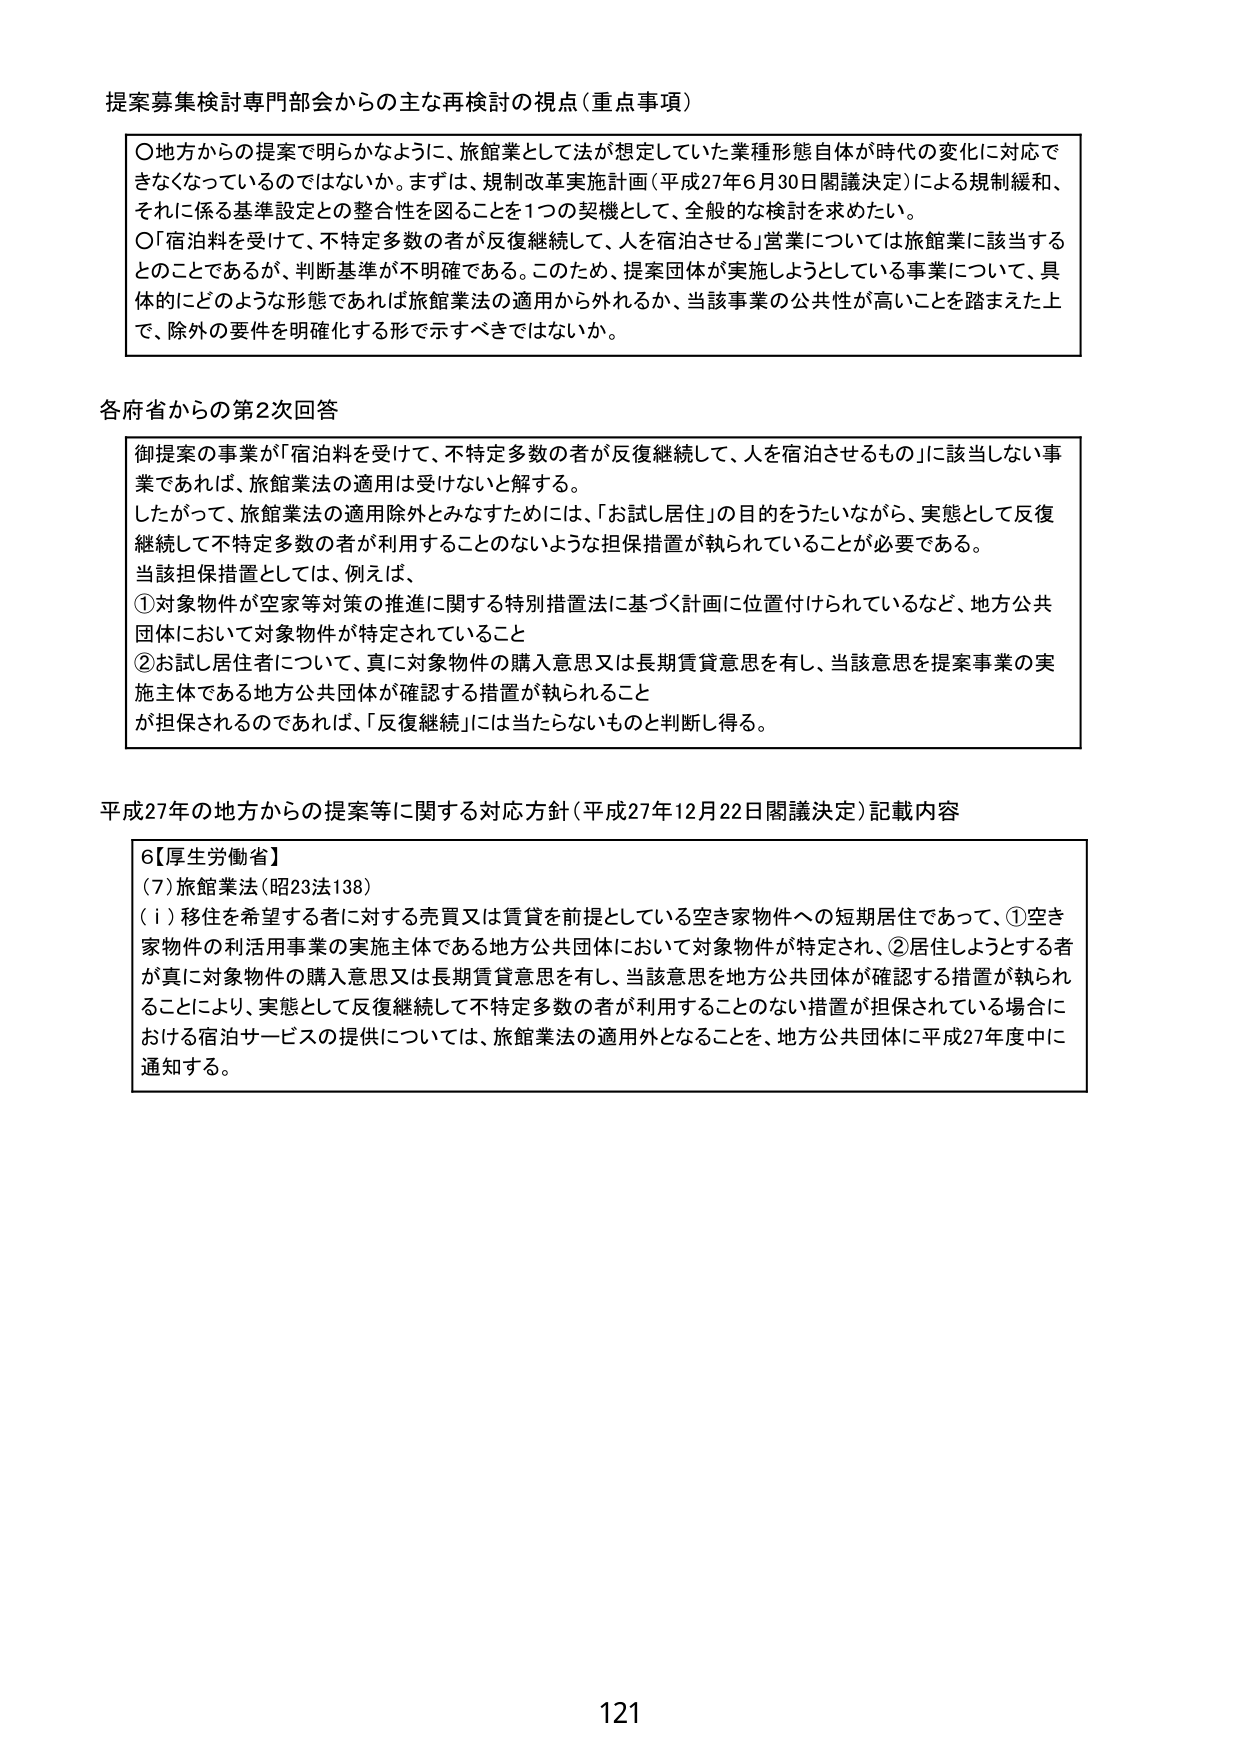
提案募集検討専門部会からの主な再検討の視点（重点事項）

○地方からの提案で明らかなように、旅館業として法が想定していた業種形態自体が時代の変化に対応できなくなっているのではないか。まずは、規制改革実施計画（平成27年6月30日閣議決定）による規制緩和、それに係る基準設定との整合性を図ることを1つの契機として、一般的な検討を求めたい。

○「宿泊料を受けて、不特定多数の者が反復継続して、人を宿泊させる」営業については旅館業に該当するとのことであるが、判断基準が不明確である。このため、提案団体が実施しようとしている事業について、具体的にどのような形態であれば旅館業法の適用から外れるか、当該事業の公共性が高いことを踏まえた上で、除外の要件を明確化する形で示すべきではないか。

各府省からの第2次回答

御提案の事業が「宿泊料を受けて、不特定多数の者が反復継続して、人を宿泊させるもの」に該当しない事業であれば、旅館業法の適用は受けないと解する。

したがって、旅館業法の適用除外とみなすためには、「お試し居住」の目的をうたいながら、実態として反復継続して不特定多数の者が利用することのないような担保措置が執られていることが必要である。

当該担保措置としては、例えば、

①対象物件が空家等対策の推進に関する特別措置法に基づく計画に位置付けられているなど、地方公共団体において対象物件が特定されていること

②お試し居住者について、真に対象物件の購入意思又は長期賃貸意思を有し、当該意思を提案事業の実施主体である地方公共団体が確認する措置が執られること

が担保されるのであれば、「反復継続」には当たらないものと判断し得る。

平成27年の地方からの提案等に関する対応方針（平成27年12月22日閣議決定）記載内容

6【厚生労働省】

（7）旅館業法（昭23法138）

（ⅰ）移住を希望する者に対する売買又は賃貸を前提としている空き家物件への短期居住であって、①空き家物件の利活用事業の実施主体である地方公共団体において対象物件が特定され、②居住しようとする者が真に対象物件の購入意思又は長期賃貸意思を有し、当該意思を地方公共団体が確認する措置が執られることにより、実態として反復継続して不特定多数の者が利用することのない措置が担保されている場合における宿泊サービスの提供については、旅館業法の適用外となることを、地方公共団体に平成27年度中に通知する。

121